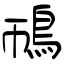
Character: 鳾